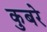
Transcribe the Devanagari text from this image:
कुबरे